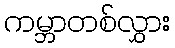
ကမ္ဘာတစ်လွှား